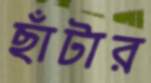
ছাঁটার